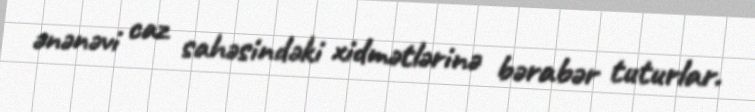
ənənəvi caz sahəsindəki xidmətlərinə bərabər tuturlar.